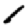
Digit: 1